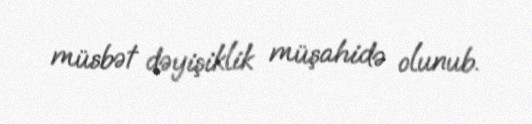
müsbət dəyişiklik müşahidə olunub.